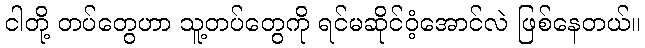
ငါတို့ တပ်တွေဟာ သူ့တပ်တွေကို ရင်မဆိုင်ဝံ့အောင်လဲ ဖြစ်နေတယ်။